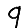
Digit: 9